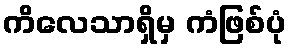
ကိလေသာရှိမှ ကံဖြစ်ပုံ